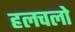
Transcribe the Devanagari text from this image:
हलचलो